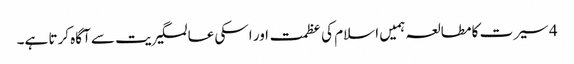
4 سیرت کا مطالعہ ہمیں اسلام کی عظمت اور اسکی عالمگیریت سے آگاہ کرتا ہے۔